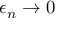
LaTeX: \epsilon _ { n } \rightarrow 0